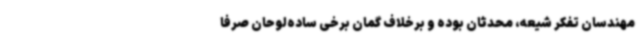
مهندسان تفکر شیعه، محدثان بوده‌ و برخلاف گمان برخی ساده‌لوحان صرفاً